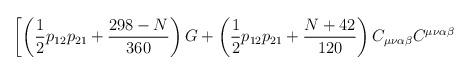
LaTeX: \begin{align*}\left[\left( \frac{1}{2} p_{1 2} p_{21} + \frac{298 -N}{360}\right)G +\left( \frac{1}{2 } p_{1 2} p_{2 1} + \frac{N+42}{120}\right)C_{\mu \nu \alpha \beta}C^{\mu \nu \alpha \beta}\right.\end{align*}